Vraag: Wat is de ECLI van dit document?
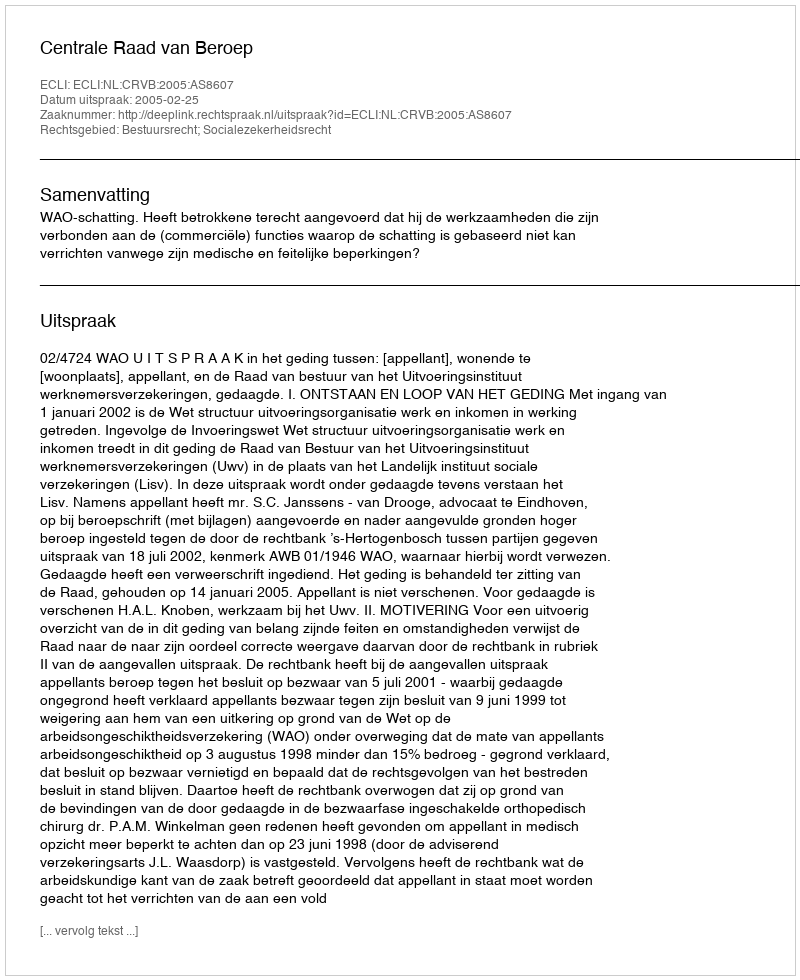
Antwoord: ECLI:NL:CRVB:2005:AS8607